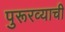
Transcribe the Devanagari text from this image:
पुरूरव्याची